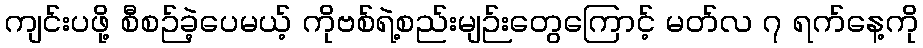
ကျင်းပဖို့ စီစဉ်ခဲ့ပေမယ့် ကိုဗစ်ရဲ့စည်းမျဉ်းတွေကြောင့် မတ်လ ၇ ရက်နေ့ကို